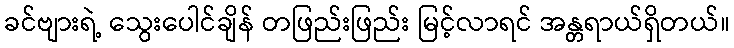
ခင်ဗျားရဲ့ သွေးပေါင်ချိန် တဖြည်းဖြည်း မြင့်လာရင် အန္တရာယ်ရှိတယ်။